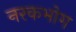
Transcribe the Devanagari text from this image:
नरकभोग